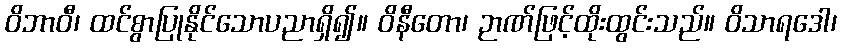
ဝိဘာဝီ၊ ထင်စွာပြုနိုင်သောပညာရှိ၍။ ဝိနီတော၊ ဉာဏ်ဖြင့်ထိုးထွင်းသည်။ ဝိသာရဒေါ၊